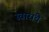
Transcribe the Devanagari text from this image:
स्वारांचे